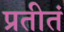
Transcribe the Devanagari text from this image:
प्रतीतं